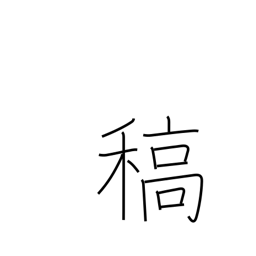
Meaning: straw